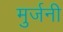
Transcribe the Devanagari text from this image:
मुर्जनी